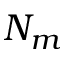
N _ { m }